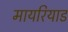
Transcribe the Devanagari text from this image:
मायरियाड